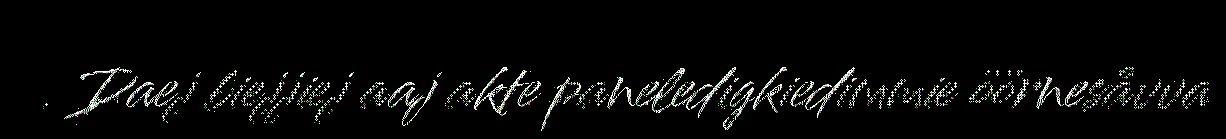
. Daej biejjiej aaj akte paneledigkiedimmie öörnesåvva